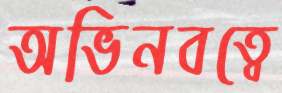
অভিনবত্বে